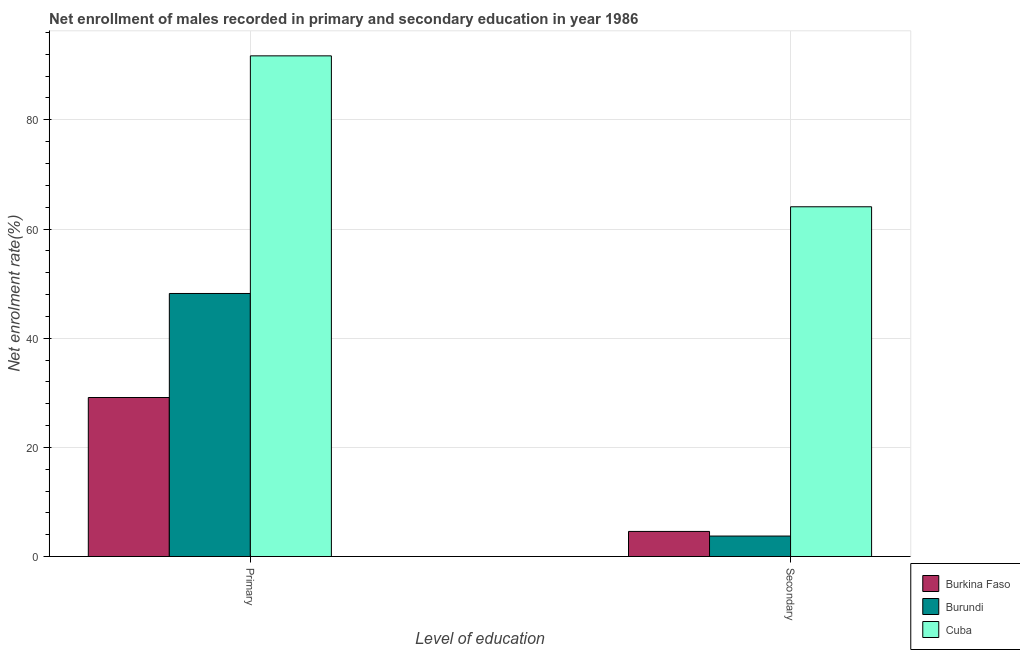
| Level of education | Burkina Faso | Burundi | Cuba |
 | --- | --- | --- | --- |
 | Primary | 29.1 | 48.2 | 91.7 |
 | Secondary | 4.6 | 3.75 | 64.1 |